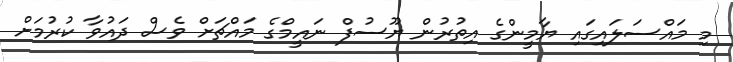
މި މައްސަލައިގައި ޔާމީންގެ އިތުރުން ޔޫސުފް ނައީމްގެ މައްޗަށް ވެސް ދައުވާ ކުރުމަށް